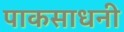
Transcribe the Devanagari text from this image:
पाकसाधनी